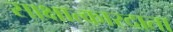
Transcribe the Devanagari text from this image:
साक्षात्कारदाता